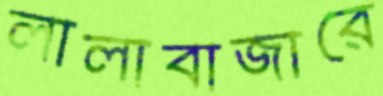
লালাবাজারে